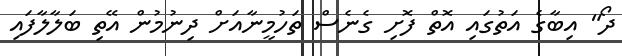
ދޯ" އިބާގެ އަތުގައި އޮތް ފޮށި ގެނެސް ތަހުމީނާއަށް ދިނުމުން އޭތި ބަލާލާފައި